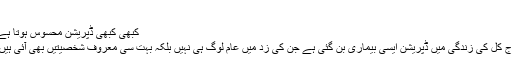
'
کبھی کبھی ڈپریشن محسوس ہوتا ہے
آج کل کی زندگی میں ڈپریشن ایسی بیماری بن گئی ہے جن کی زد میں عام لوگ ہی نہیں بلکہ بہت سی معروف شخصیتیں بھی آئی ہیں۔